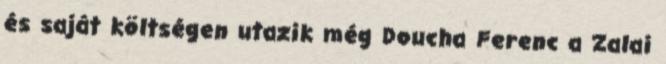
és saját költségen utazik még Doucha Ferenc a Zalai